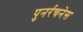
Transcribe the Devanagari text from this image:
पुनर्रचनेस